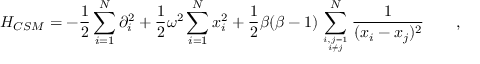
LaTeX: H _ { C S M } = - \frac { 1 } { 2 } \sum _ { i = 1 } ^ { N } \partial _ { i } ^ { 2 } + \frac { 1 } { 2 } \omega ^ { 2 } \sum _ { i = 1 } ^ { N } x _ { i } ^ { 2 } + \frac { 1 } { 2 } \beta ( \beta - 1 ) \sum _ { { i , j = 1 } \atop { i \ne j } } ^ { N } \frac { 1 } { ( x _ { i } - x _ { j } ) ^ { 2 } } \qquad ,